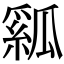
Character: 𤬇